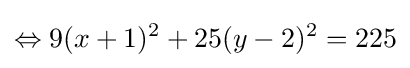
\Leftrightarrow 9(x+1)^{2}+25(y-2)^{2}=225